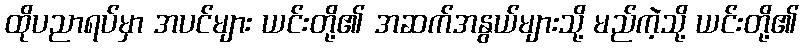
ထိုပညာရပ်မှာ အပင်များ ယင်းတို့၏ အဆက်အနွယ်များသို့ မည်ကဲ့သို့ ယင်းတို့၏